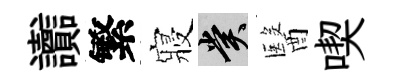
讟繁寢賞醫喫